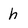
Character: h